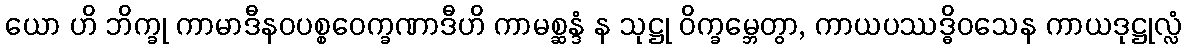
ယော ဟိ ဘိက္ခု ကာမာဒီနဝပစ္စဝေက္ခဏာဒီဟိ ကာမစ္ဆန္ဒံ န သုဋ္ဌု ဝိက္ခမ္ဘေတွာ, ကာယပဿဒ္ဓိဝသေန ကာယဒုဋ္ဌုလ္လံ